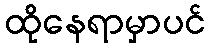
ထိုနေရာမှာပင်